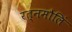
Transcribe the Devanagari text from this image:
रत्नमौलिं